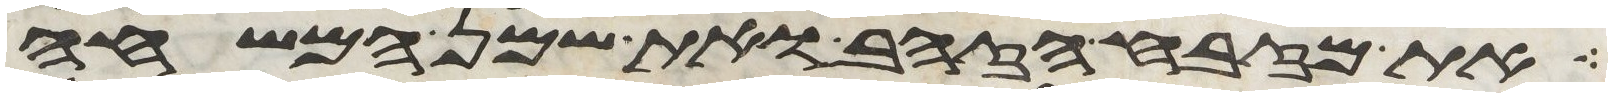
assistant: את מזבח הזהב ואת שמן המשחה